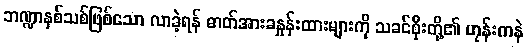
ဘဏ္ဍာနှစ်သစ်ဖြစ်သော လာခဲ့ရန် ဓာတ်အားခနှုန်းထားများကို သခင်စိုးတို့၏ ဟုန်းကနဲ